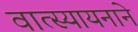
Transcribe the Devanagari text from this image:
वात्स्यायनाने